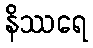
နိဿရေ